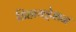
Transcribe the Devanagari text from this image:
डिहायड्रेशन